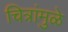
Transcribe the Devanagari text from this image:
चित्रांमुळे